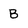
Character: B